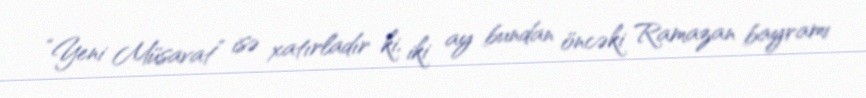
“Yeni Müsavat” isə xatırladır ki, iki ay bundan öncəki Ramazan bayramı